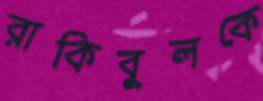
রাকিবুলকে